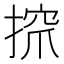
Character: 𢱑